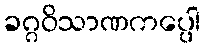
ခဂ္ဂဝိသာဏကပ္ပေါ